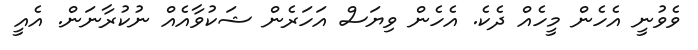
ވެވުނީ އެހެން މީހެއް ދެކެ. އެހެން ވިޔަސް އަހަރެން ޝަކުވާއެއް ނުކުރާނަން. އެއީ